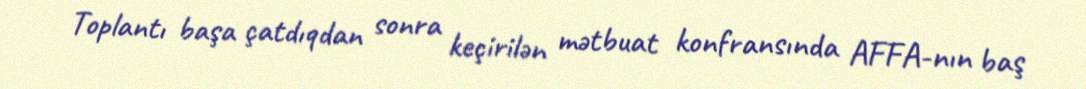
Toplantı başa çatdıqdan sonra keçirilən mətbuat konfransında AFFA-nın baş